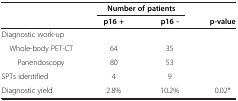
<table><thead><tr><td><b> </b></td><td colspan="2"><b>Number of patients</b></td><td><b> </b></td></tr><tr><td><b> </b></td><td><b>p16 +</b></td><td><b>p16 -</b></td><td><b>p-value</b></td></tr></thead><tbody><tr><td>Diagnostic work-up</td><td> </td><td> </td><td> </td></tr><tr><td> Whole-body PET-CT</td><td>64</td><td>35</td><td> </td></tr><tr><td>Panendoscopy</td><td>80</td><td>53</td><td> </td></tr><tr><td>SPTs identified</td><td>4</td><td>9</td><td> </td></tr><tr><td>Diagnostic yield</td><td>2.8%</td><td>10.2%</td><td>0.02*</td></tr></tbody></table>